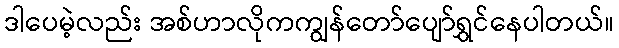
ဒါပေမဲ့လည်း အစ်ဟာလိုကကျွန်တော်ပျော်ရွှင်နေပါတယ်။